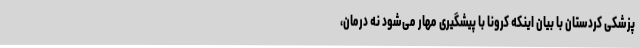
پزشکی کردستان با بیان اینکه کرونا با پیشگیری مهار می‌شود نه درمان،